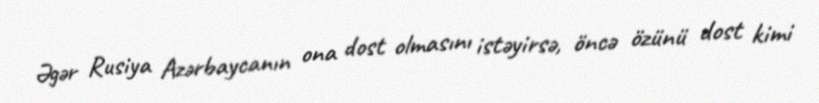
Əgər Rusiya Azərbaycanın ona dost olmasını istəyirsə, öncə özünü dost kimi